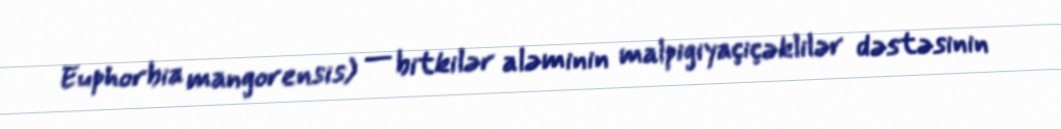
Euphorbia mangorensis) — bitkilər aləminin malpigiyaçiçəklilər dəstəsinin